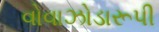
વોવાઝોડારૂપી